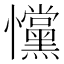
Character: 戃